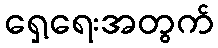
ရှေ့ရေးအတွက်